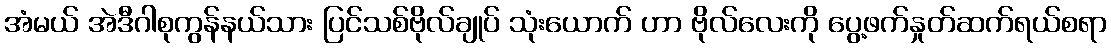
အံမယ် အဲဒီဂါစုကွန်နယ်သား ပြင်သစ်ဗိုလ်ချုပ် သုံးယောက် ဟာ ဗိုလ်လေးကို ပွေ့ဖက်နှုတ်ဆက်ရယ်စရာ